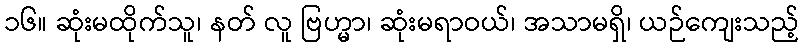
၁၆။ ဆုံးမထိုက်သူ၊ နတ် လူ ဗြဟ္မာ၊ ဆုံးမရာဝယ်၊ အသာမရှိ၊ ယဉ်ကျေးသည့်